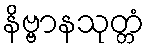
နိဗ္ဗာနသုတ္တံ